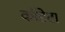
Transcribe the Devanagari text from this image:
कॉडेटा